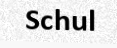
Schul